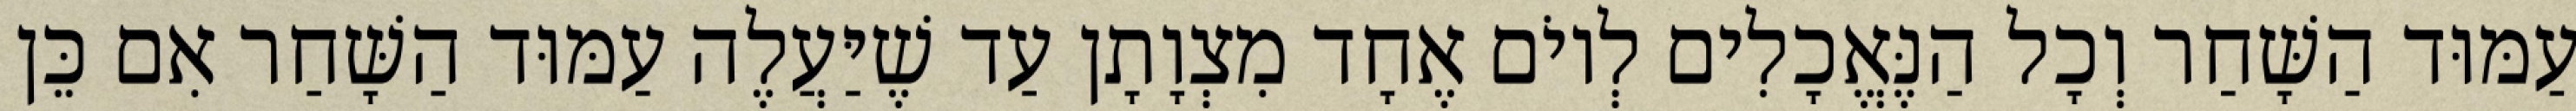
עַמּוּד הַשָּׁחַר וְכָל הַנֶּאֱכָלִים לְיוֹם אֶחָד מִצְוָתָן עַד שֶׁיַּעֲלֶה עַמּוּד הַשָּׁחַר אִם כֵּן